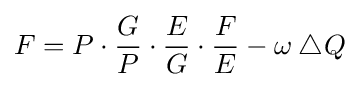
F=P\cdot {\frac {G}{P}}\cdot {\frac {E}{G}}\cdot {\frac {F}{E}}-\omega \bigtriangleup \!Q